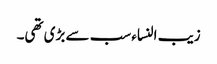
زیب النساء سب سے بڑی تھی۔